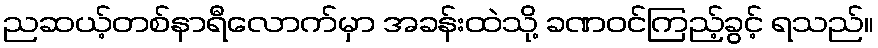
ညဆယ့်တစ်နာရီလောက်မှာ အခန်းထဲသို့ ခဏဝင်ကြည့်ခွင့် ရသည်။